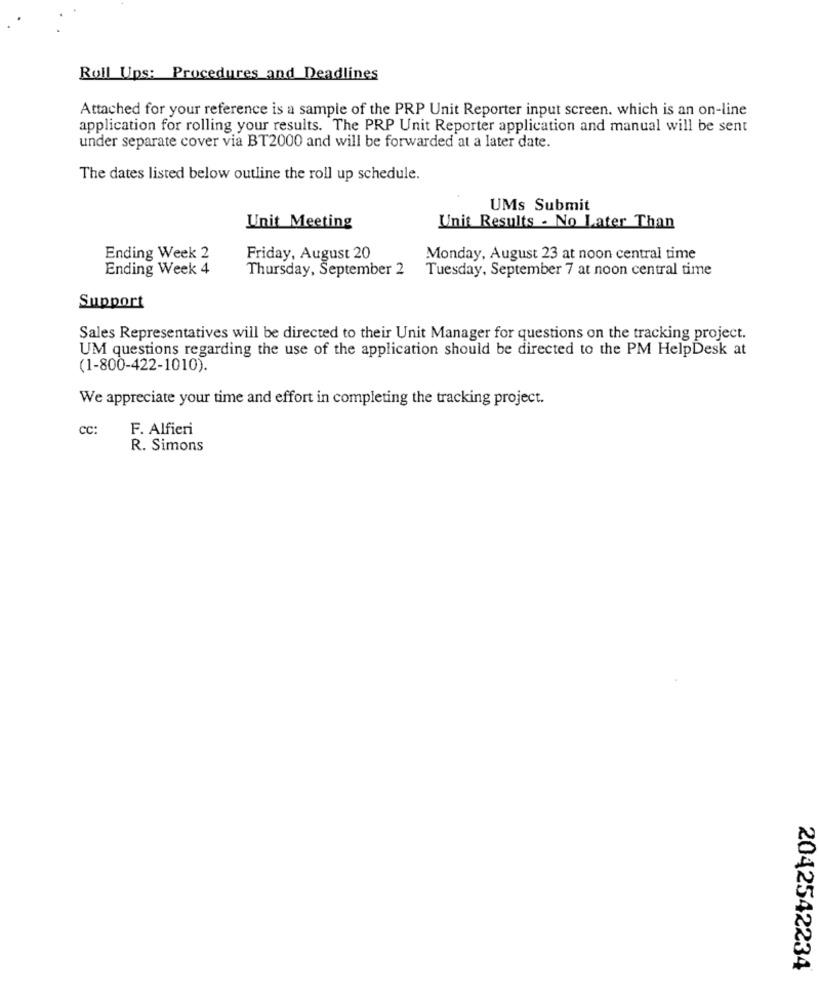
Roll Ups: Procedures and Deadlines
Attached for your reference is a sample of the PRP Unit Reporter input screen. which is an on-line
application for rolling your results. The PRP Unit Reporter application and manual will be sent
under separate cover via BT2000 and will be forwarded at a later date.
The dates listed below outline the roll up schedule.
UMs Submit
Unit Meeting
Unit Results . No Later Than
Ending Week 2
Friday, August 20
Monday, August 23 at noon central time
Ending Week 4
Thursday, September 2
Tuesday, September 7 at noon central time
Support
Sales Representatives will be directed to their Unit Manager for questions on the tracking project.
UM questions regarding the use of the application should be directed to the PM HelpDesk at
(1-800-422-1010).
We appreciate your time and effort in completing the tracking project.
cc:
F. Alfieri
R. Simons
2042542234